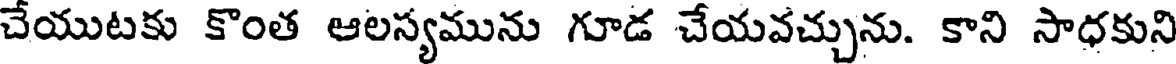
చేయుటకు కొంత ఆలస్యమును గూడ చేయవచ్చును. కాని సాధకుని